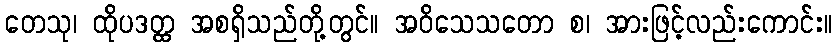
တေသု၊ ထိုပဒတ္ထ အစရှိသည်တို့တွင်။ အဝိသေသတော စ၊ အားဖြင့်လည်းကောင်း။